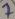
Text: 7